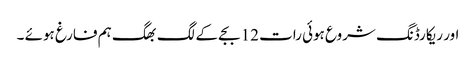
اور ریکارڈنگ شروع ہوئی رات 12 بجے کے لگ بھگ ہم فارغ ہوئے ۔